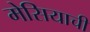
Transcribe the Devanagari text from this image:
मेसियाची